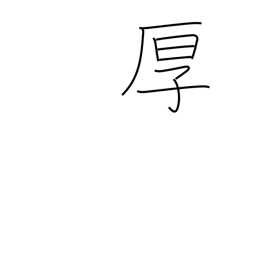
Meaning: cordial